Annual report on the lock hospitals of the Madras Presidency
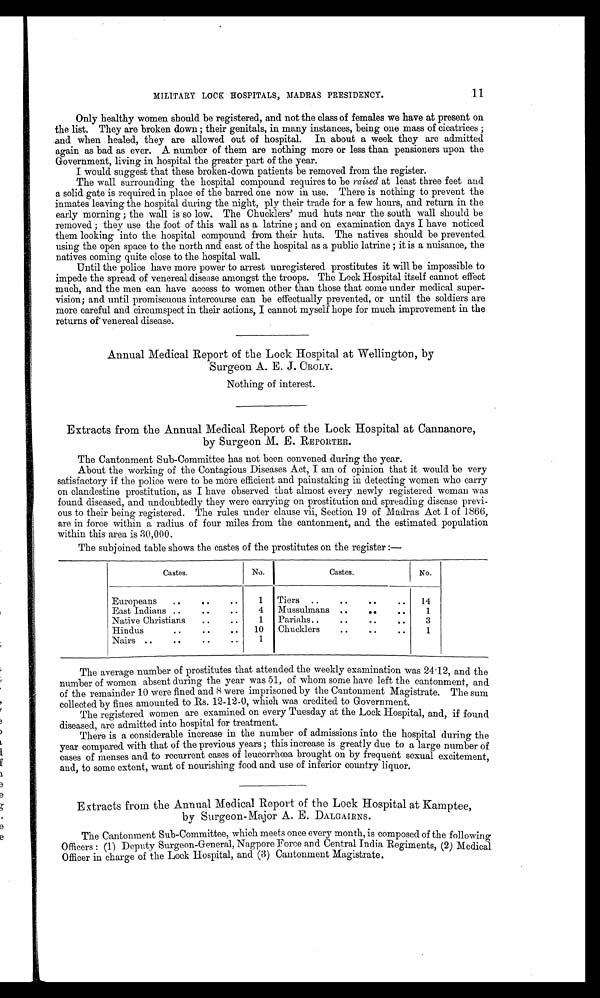
11
MILITARY LOCK HOSPITALS, MADRAS PRESIDENCY.
Only healthy women should be registered, and not the class of females we have at present on
the list. They are broken down ; their genitals, in many instances, being one mass of cicatrices ;
and when healed, they are allowed out of hospital. In about a week they are admitted
again as bad as ever. A number of them are nothing more or less than pensioners upon the
Government, living in hospital the greater part of the year.
I would suggest that these broken-down patients be removed from the register.
The wall surrounding the hospital compound requires to be raised at least three feet and
a solid gate is required in place of the barred one now in use. There is nothing to prevent the
inmates leaving the hospital during the night, ply their trade for a few hours, and return in the
early morning ; the wall is so low. The Chucklers' mud huts near the south wall should be
removed ; they use the foot of this wall as a latrine ; and on examination days I have noticed
them looking into the hospital compound from their huts. The natives should be prevented
using the open space to the north and east of the hospital as a public latrine ; it is a nuisance, the
natives coming quite close to the hospital wall.
Until the police have more power to arrest unregistered prostitutes it will be impossible to
impede the spread of venereal disease amongst the troops. The Lock Hospital itself cannot effect
much, and the men can have access to women other than those that come under medical super-
vision; and until promiscuous intercourse can be effectually prevented, or until the soldiers are
more careful and circumspect in their actions, I cannot myself hope for much improvement in the
returns of venereal disease.
Annual Medical Report of the Lock Hospital at Wellington, by
Surgeon A. E. J. CROLY.
Nothing of interest.
Extracts from the Annual Medical Report of the Lock Hospital at Cannanore,
by Surgeon M. E. REPORTER.
The Cantonment Sub-Committee has not been convened during the year.
About the working of the Contagious Diseases Act, I am of opinion that it would be very
satisfactory if the police were to be more efficient and painstaking in detecting women who carry
on clandestine prostitution, as I have observed that almost every newly registered woman was
found diseased, and undoubtedly they were carrying on prostitution and spreading disease previ-
ous to their being registered. The rules under clause vii, Section 19 of Madras Act I of 1866,
are in force within a radius of four miles from the cantonment, and the estimated population
within this area is 30,000.
The subjoined table shows the castes of the prostitutes on the register :—
Castes.
No.
Castes.
No.
Europeans ... ... ...
1 Tiers
. . .
. . .
. . . 14
East Indians ..
... ...
4 Mussulmans ...
...
..
1
Native Christians ... ...
1 Pariahs ..
...
...
..
3
Hindus
..
..
... 10 Chucklers
...
..
1
Nairs ..
..
..
... 1
The average number of prostitutes that attended the weekly examination was 24·12, and the
number of women absent during the year was 51, of whom some have left the cantonment, and
of the remainder 10 were fined and 8 were imprisoned by the Cantonment Magistrate. The sum
collected by fines amounted to Rs. 12-12-0, which was credited to Government.
The registered women are examined on every Tuesday at the Lock Hospital, and, if found
diseased, are admitted into hospital for treatment.
There is a considerable increase in the number of admissions into the hospital during the
year compared with that of the previous years ; this increase is greatly due to a large number of
cases of menses and to recurrent cases of leucorrhœa brought on by frequent sexual excitement,
and, to some extent, want of nourishing food and use of inferior country liquor.
Extracts from the Annual Medical Report of the Lock Hospital at Kamptee,
by Surgeon-Major A. E. DALGAIRNS.
The Cantonment Sub-Committee, which meets once every month, is composed of the following
Officers : (1) Deputy Surgeon-General, Nagpore Force and. Central India Regiments, (2) Medical.
Officer in charge of the Lock Hospital, and (3) Cantonment Magistrate.